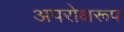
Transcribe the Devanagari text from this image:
अपरोक्षरूप